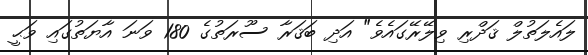
ލައެލަތުލް ޤަދްރި ވިލޭރޭގައެވެ" އަދި ބަޤަރާ ސޫރަތުގެ 180 ވަނަ އާޔަތުގައި ވަޙީ